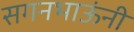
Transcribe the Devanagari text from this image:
सगनभाऊंनी